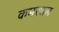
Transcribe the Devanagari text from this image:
कमरशल